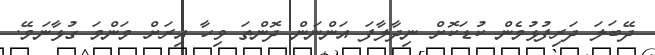
ދޭބަލަ ދަރިފުޅުމެން ކުޑަކޮށް ނިދާލާފަ އަންނަން ދޮންތަ ވިހާ އިރަށް މަންމަ ގުޅާނަމޭ.